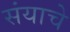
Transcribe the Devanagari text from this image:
संयाचे